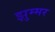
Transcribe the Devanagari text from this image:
झुम्मर